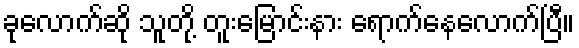
ခုလောက်ဆို သူတို့ တူးမြောင်းနား ရောက်နေလောက်ပြီ။